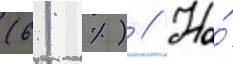
(61 %) // На́